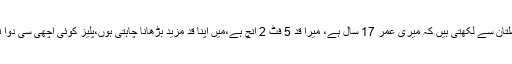
کنیزفاطمہ ،ملتان سے لکھتی ہیں کہ میری عمر 17 سال ہے، میرا قد 5 فٹ 2 انچ ہے،میں اپنا قد مزید بڑھانا چاہتی ہوں،پلیز کوئی اچھی سی دوا تجویز کردیں۔